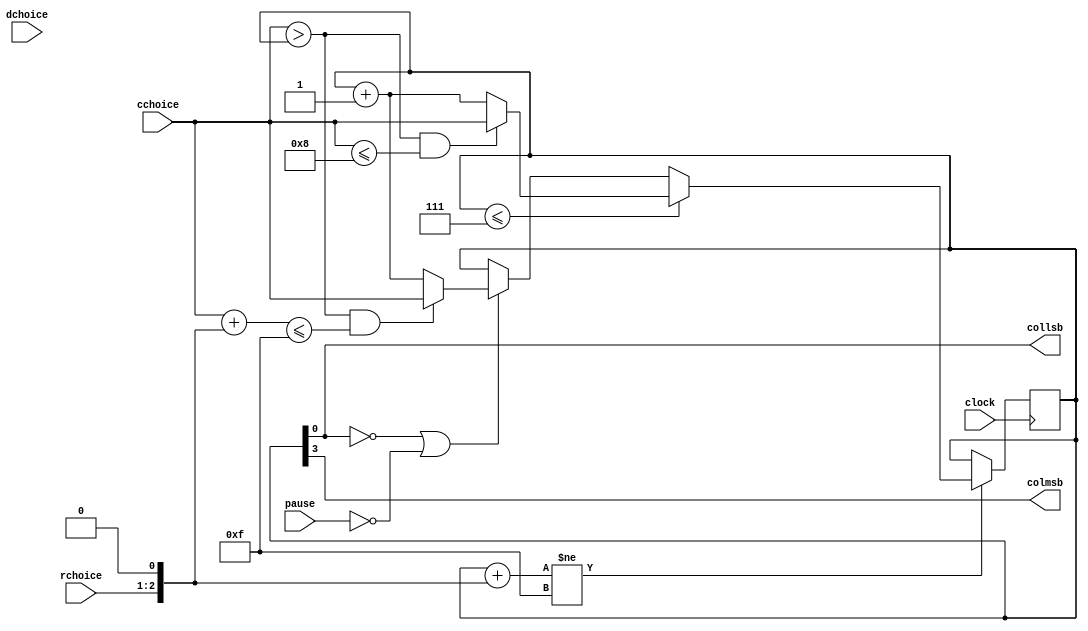
// This is a parameterized model showing that EL2 is Omega((|C|dh + N - N').
// The graphs of the models in this family look like the one below.
//
//   x->x->x->x->x->x->o-+->1
//                       |
//                       |
//                       +->2
//
//   x->x->x->x->x->x->o-+->1->o-+->1
//                       |     ^ |
//                       |     | |
//                       +->2--+ +->2
//
//   x->x->x->x->x->x->o-+->1->o-+->1->o-+->1
//                       |     ^ |     ^ |
//                       |     | |     | |
//                       +->2--+ +->2--+ +->2
//
// See Ravi, Bloem, and Somenzi "Analysis of Symbolic SCC Hull Algorithms"
// for the details.
// This verilog model restricts the number of rows to a power of 2.
//

module el2Omega(clock, pause, rchoice, cchoice, dchoice, colmsb, collsb);
    parameter        ROWMSB = 1;
    parameter 	     ROWBITS = ROWMSB+1;
    parameter 	     COLMSB = ROWMSB+2;
    parameter 	     COLBITS = COLMSB+1;
    parameter 	     DIGMSB = 1;
    input 	     clock;
    input 	     pause;
    input [ROWMSB:0] rchoice;
    input [COLMSB:0] cchoice;
    input [DIGMSB:0] dchoice;
    output 	     colmsb, collsb;

    // The position in the graph is encoded by three numbers: row, column,
    // and digit.  The digit is 0 when the column corresponds to an "x" or
    // "o" state.
    reg [ROWMSB:0]   row;
    reg [COLMSB:0]   col;
    reg [DIGMSB:0]   digit;

    // These are convenient to avoid modifying the fairness conditions when
    // the number of rows of the graph changes.
    assign 	     colmsb = col[COLMSB];
    assign 	     collsb = col[0];

    initial begin
	row = rchoice;
	col = 0;
	digit = 0;
    end

    always @ (posedge clock) begin
	if (col + {1'b0,row,1'b0} != {COLBITS{1'b1}}) begin
	    // Not a sink.
	    if (col <= {1'b0,{COLMSB{1'b1}}}) begin
		// An "x" state.  Go to any "x" state to the right or first
		// "o" state on the same row.
		if (cchoice > col && cchoice <= {1'b1,{COLMSB{1'b0}}})
		  col = cchoice;
		else
		  col = col + 1;
	    end else begin
		// An "o" (col[0]==0) or digit (col[0]==1) state.   If the
		// state is a digit state and pause==1, take the self loop.
		if (col[0] == 0 || pause == 0) begin
		    // Move forward without overshooting the end of the row.
		    if (cchoice > col && {1'b0,cchoice} + {2'b0,row,1'b0}
			<= {1'b0,{COLBITS{1'b1}}})
		      col = cchoice;
		    else
		      col = col + 1;
		    // If new state is a digit state, choose the digit.
		    if (col[0] == 1)
		      digit = dchoice;
		    else
		      digit = 0;
		end
	    end
	end
    end

endmodule // el2Omega